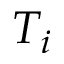
T _ { i }